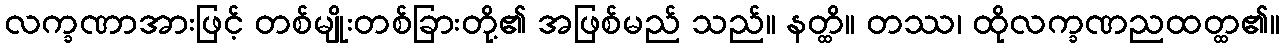
လက္ခဏာအားဖြင့် တစ်မျိုးတစ်ခြားတို့၏ အဖြစ်မည် သည်။ နတ္ထိ။ တဿ၊ ထိုလက္ခဏညထတ္ထ၏။